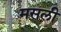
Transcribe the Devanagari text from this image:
मसली